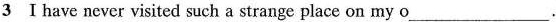
3 I have never visited such a strange place on my o___